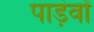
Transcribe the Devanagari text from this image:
पाड़ंवों